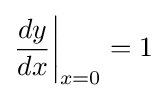
{\dfrac {dy}{dx}}{\bigg |}_{x=0}=1